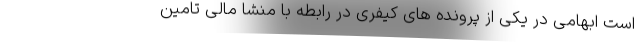
است ابهامی در یکی از پرونده های کیفری در رابطه با منشا مالی تامین